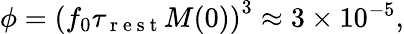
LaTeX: \begin{array}{r}{\phi=\left(f_{0}\tau_{\mathrm{~r~e~s~t~}}M(0)\right)^{3}\approx 3\times 10^{-5},}\end{array}